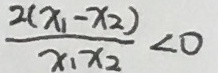
\frac { 2 ( x _ { 1 } - x _ { 2 } ) } { x _ { 1 } x _ { 2 } } < 0